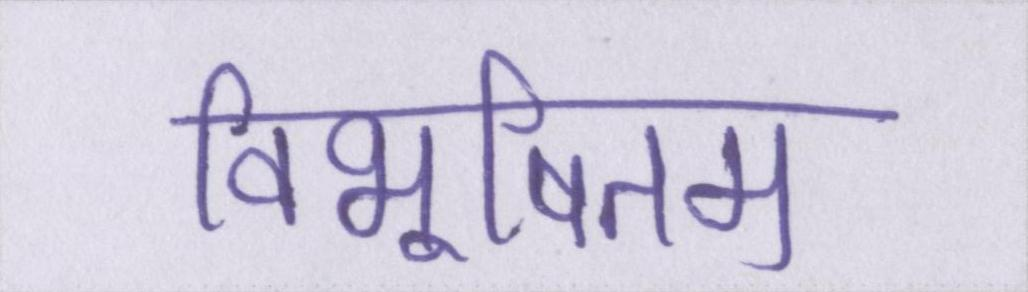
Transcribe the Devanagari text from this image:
विभूषितम